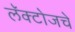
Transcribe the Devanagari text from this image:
लॅक्टोजचे